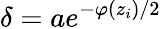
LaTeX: \delta=ae^{-\varphi(z_{i})/2}